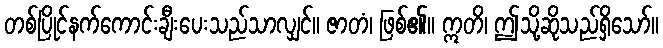
တစ်ပြိုင်နက်ကောင်းချီးပေးသည်သာလျှင်။ ဇာတံ၊ ဖြစ်၏။ ဣတိ၊ ဤသို့ဆိုသည်ရှိသော်။